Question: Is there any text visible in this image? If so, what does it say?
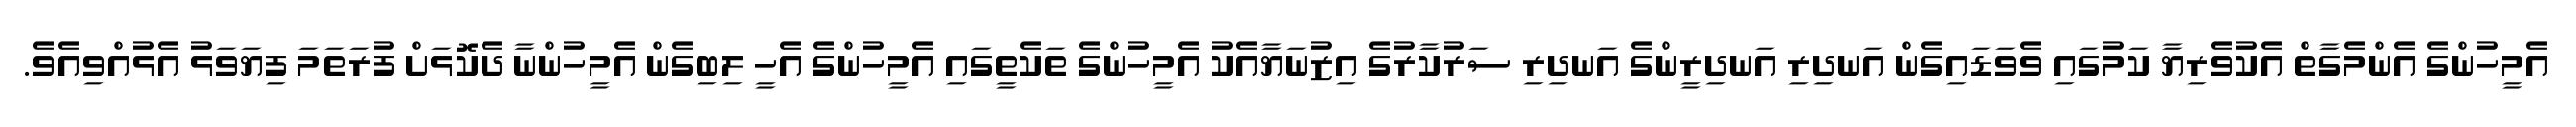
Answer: އެމީހުންގެ އެންމެގާތް އެކުވެރިޔާ ކަމުގައި ވެވަޑައިގެން އަނދިރި އަނދިރީންގެ އަނދިރި ސަރުކާރުގެ އިޒުނަޔާއެކު އެމީހުންގެ ތަކެތީގައި އެމީހުންގެ އެހީ ލިބިގެން އެމީހުންނާ ދެކޮޅަށް ފުރަތަމަ ފިޔަވަޅު އެޅުއްވިއެވެ.